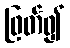
ဖြတ်၍